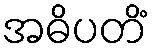
အဓိပတိံ